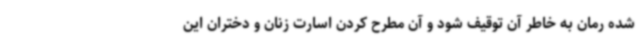
شده رمان به خاطر آن توقیف شود و آن مطرح کردن اسارت زنان و دختران این